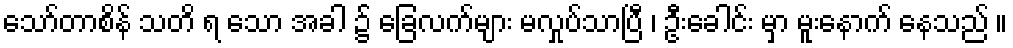
သော်တာစိန် သတိ ရ သော အခါ ၌ ခြေလက်များ မလှုပ်သာပြီ ၊ ဦးခေါင်း မှာ မူးနောက် နေသည် ။